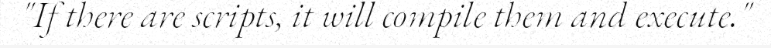
"If there are scripts, it will compile them and execute."